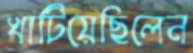
খাটিয়েছিলেন